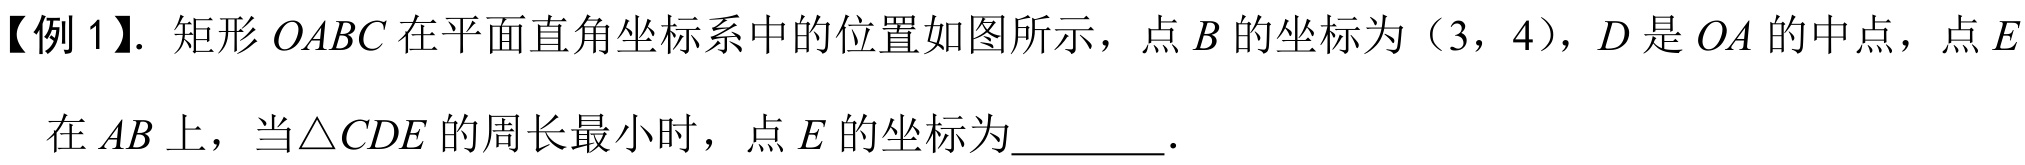
【例 1】. 矩形\(OABC\)在平面直角坐标系中的位置如图所示，点\(B\)的坐标为（3，4），\(D\)是\(OA\)的中点，点\(E\)
在\(AB\)上，当\(\triangle CDE\)的周长最小时，点\(E\)的坐标为________.